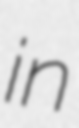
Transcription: in